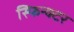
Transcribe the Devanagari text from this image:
स्फिन्क्टर